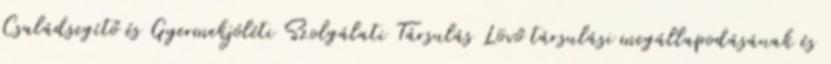
Családsegítő és Gyermekjóléti Szolgálati Társulás Lövő társulási megállapodásának és